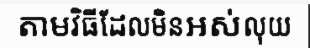
តាមវិធីដែលមិនអស់លុយ